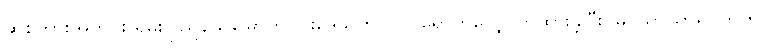
ဆိုစကားအတိုင်း ရှမ်းပြည်နယ်မြောက်ပိုင်းဒေသတွင် ဝင်ရောက်လျှောက်ထားခဲ့ပြီး မြိုင်သာယာရပ်ကွက်